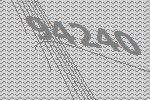
94240